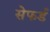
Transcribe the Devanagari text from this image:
सेफर्ड